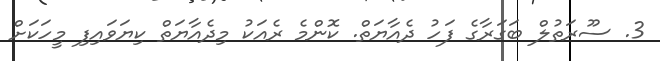
3. ސޫރަތުލް ބަގަރާގެ ފަހު ދެއާޔަތް. ކޮންމެ ރެއަކު މިދެއާޔަތް ކިޔަވައިފި މީހަކަށް